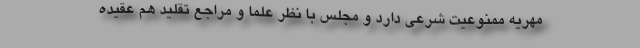
مهریه ممنوعیت شرعی دارد و مجلس با نظر علما و مراجع تقلید هم عقیده